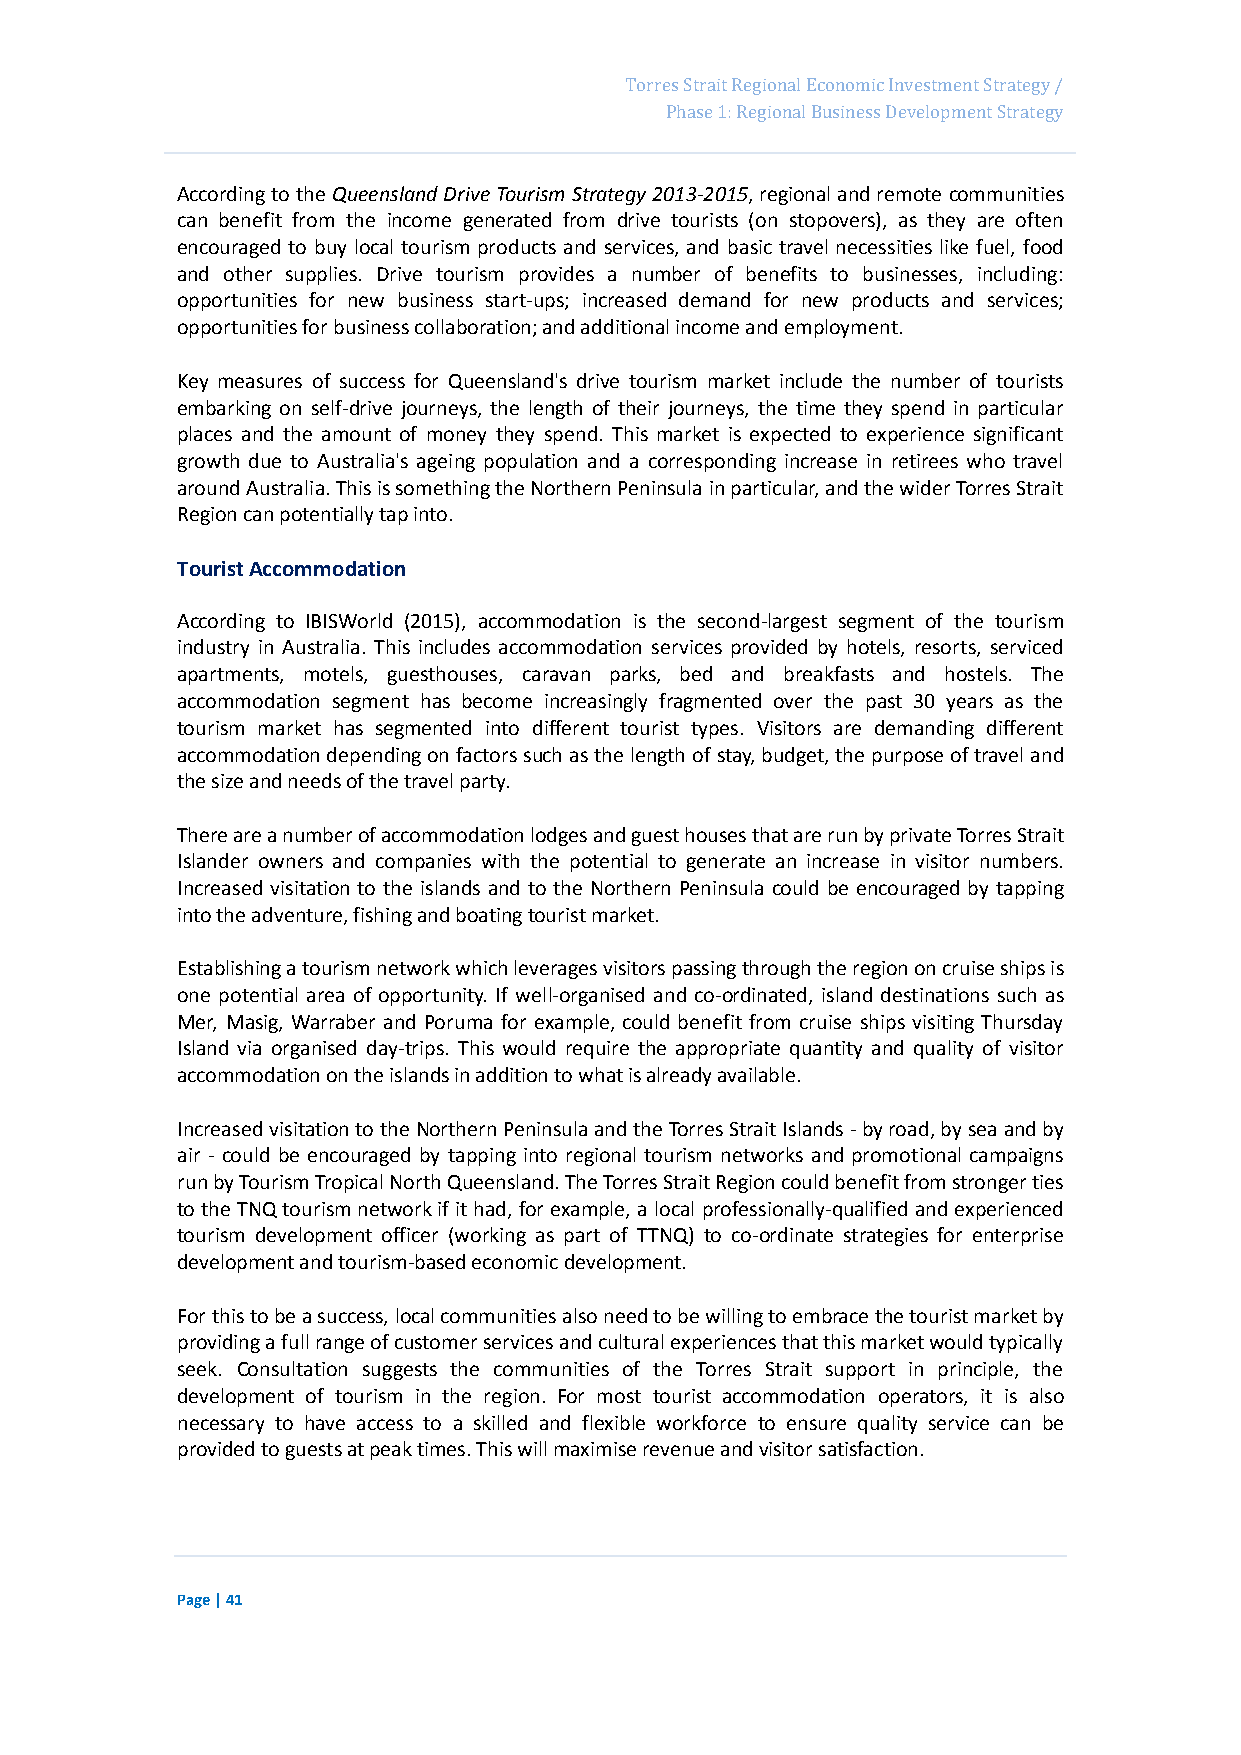
Page 57
 Torres Strait Regional Economic Investment Strategy /
 Phase 1: Regional Business Development Strategy
 According to the Queensland Drive Tourism Strategy 2013-2015, regional and remote communities
 can benefit from the income generated from drive tourists (on stopovers), as they are often
 encouraged to buy local tourism products and services, and basic travel necessities like fuel, food
 and other supplies. Drive tourism provides a number of benefits to businesses, including:
 opportunities for new business start-ups; increased demand for new products and services;
 opportunities for business collaboration; and additional income and employment.
 Key measures of success for Queensland's drive tourism market include the number of tourists
 embarking on self-drive journeys, the length of their journeys, the time they spend in particular
 places and the amount of money they spend. This market is expected to experience significant
 growth due to Australia's ageing population and a corresponding increase in retirees who travel
 around Australia. This is something the Northern Peninsula in particular, and the wider Torres Strait
 Region can potentially tap into.
 Tourist Accommodation
 According to IBISWorld (2015), accommodation is the second-largest segment of the tourism
 industry in Australia. This includes accommodation services provided by hotels, resorts, serviced
 apartments, motels, guesthouses, caravan parks, bed and breakfasts and hostels. The
 accommodation segment has become increasingly fragmented over the past 30 years as the
 tourism market has segmented into different tourist types. Visitors are demanding different
 accommodation depending on factors such as the length of stay, budget, the purpose of travel and
 the size and needs of the travel party.
 There are a number of accommodation lodges and guest houses that are run by private Torres Strait
 Islander owners and companies with the potential to generate an increase in visitor numbers.
 Increased visitation to the islands and to the Northern Peninsula could be encouraged by tapping
 into the adventure, fishing and boating tourist market.
 Establishing a tourism network which leverages visitors passing through the region on cruise ships is
 one potential area of opportunity. If well-organised and co-ordinated, island destinations such as
 Mer, Masig, Warraber and Poruma for example, could benefit from cruise ships visiting Thursday
 Island via organised day-trips. This would require the appropriate quantity and quality of visitor
 accommodation on the islands in addition to what is already available.
 Increased visitation to the Northern Peninsula and the Torres Strait Islands - by road, by sea and by
 air - could be encouraged by tapping into regional tourism networks and promotional campaigns
 run by Tourism Tropical North Queensland. The Torres Strait Region could benefit from stronger ties
 to the TNQ tourism network if it had, for example, a local professionally-qualified and experienced
 tourism development officer (working as part of TTNQ) to co-ordinate strategies for enterprise
 development and tourism-based economic development.
 For this to be a success, local communities also need to be willing to embrace the tourist market by
 providing a full range of customer services and cultural experiences that this market would typically
 seek. Consultation suggests the communities of the Torres Strait support in principle, the
 development of tourism in the region. For most tourist accommodation operators, it is also
 necessary to have access to a skilled and flexible workforce to ensure quality service can be
 provided to guests at peak times. This will maximise revenue and visitor satisfaction.
 Page | 41